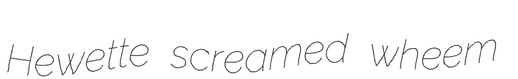
Hewette screamed wheem